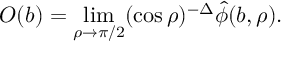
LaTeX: O ( b ) = \operatorname * { l i m } _ { \rho \to \pi / 2 } ( \cos { \rho } ) ^ { - \Delta } \hat { \phi } ( b , \rho ) .